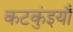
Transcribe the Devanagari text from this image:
कटकुंइयाँ